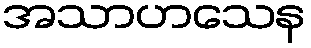
အသာဟသေန